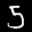
Label: 5